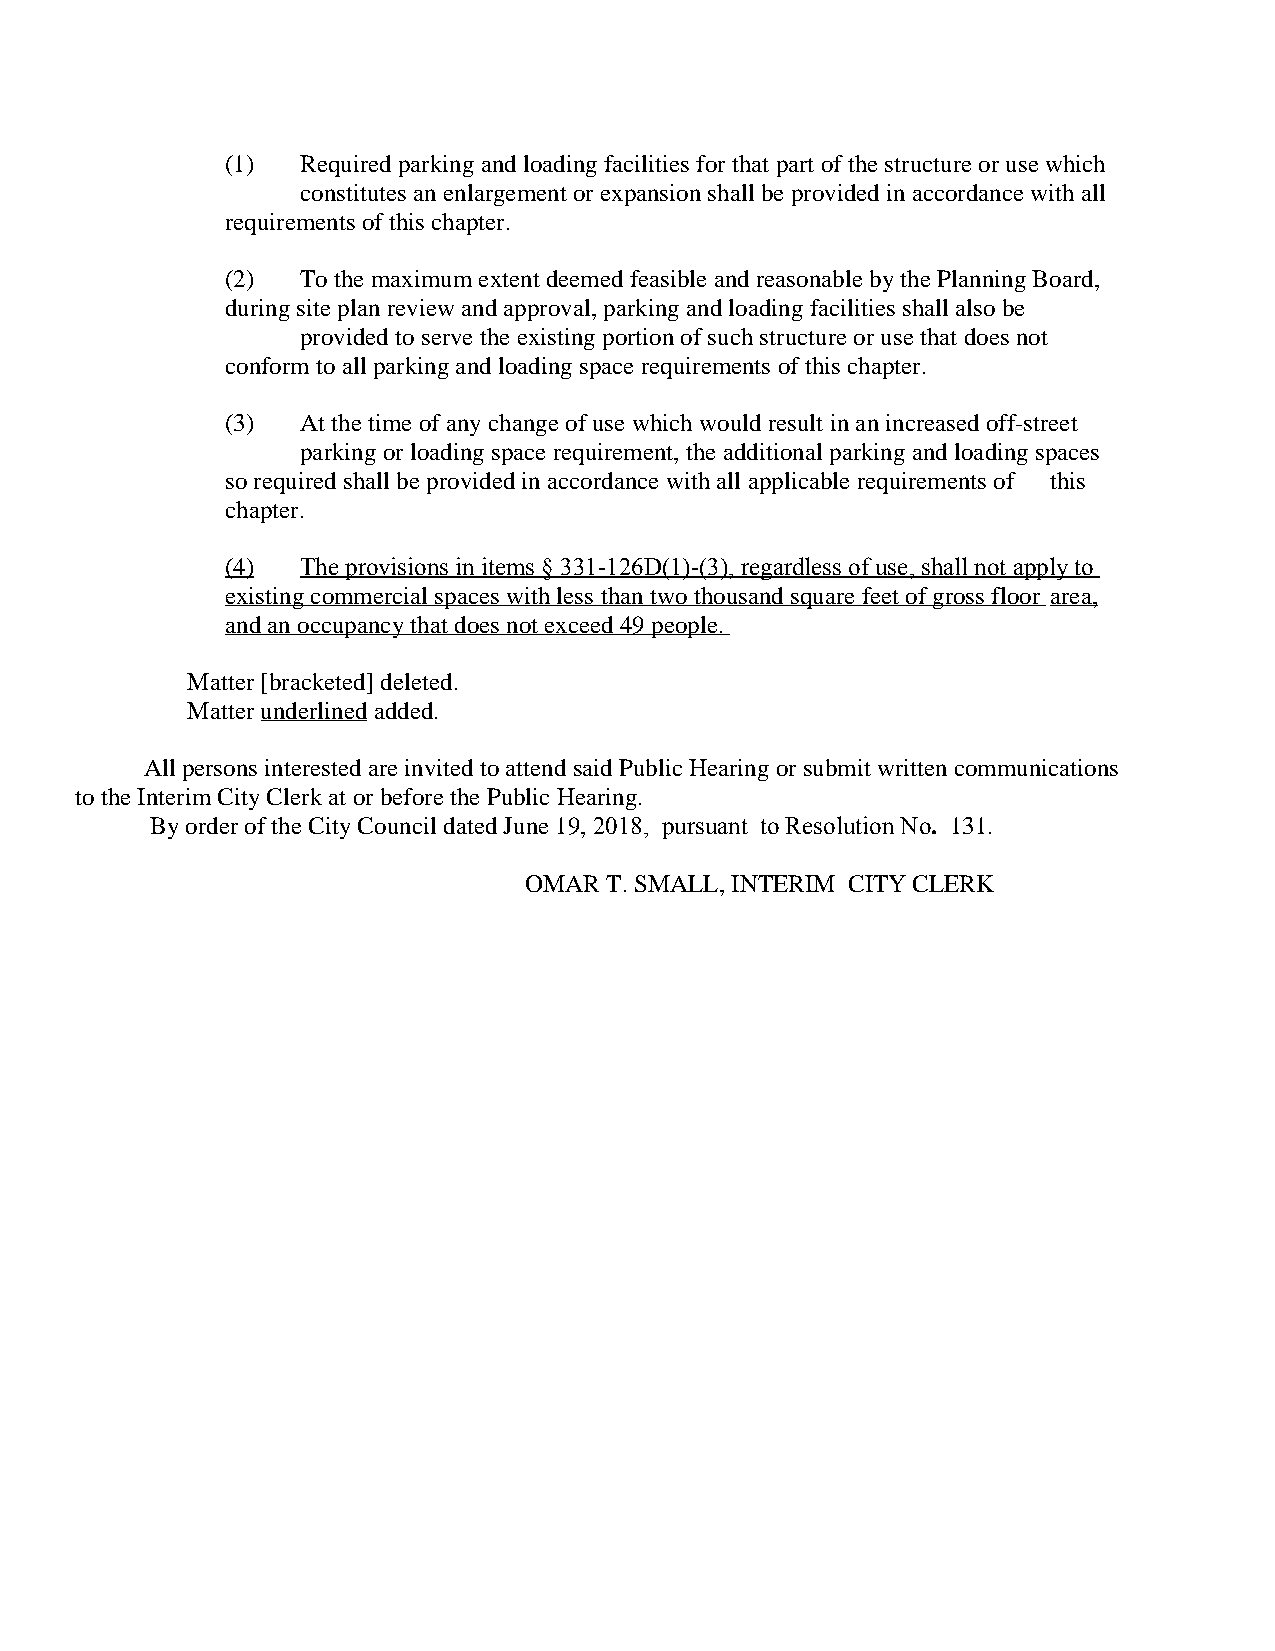
(1)  Required parking and loading facilities for that part of the structure or use which
 constitutes an enlargement or expansion shall be provided in accordance with all
 requirements of this chapter.
 (2)  To the maximum extent deemed feasible and reasonable by the Planning Board,
 during site plan review and approval, parking and loading facilities shall also be
 provided to serve the existing portion of such structure or use that does not
 conform to all parking and loading space requirements of this chapter.
 (3)  At the time of any change of use which would result in an increased off-street
 parking or loading space requirement, the additional parking and loading spaces
 so required shall be provided in accordance with all applicable requirements of this
 chapter.
 (4)  The provisions in items § 331-126D(1)-(3), regardless of use, shall not apply to
 existing commercial spaces with less than two thousand square feet of gross floor area,
 and an occupancy that does not exceed 49 people.
 Matter [bracketed] deleted.
 Matter underlined added.
 All persons interested are invited to attend said Public Hearing or submit written communications
 to the Interim City Clerk at or before the Public Hearing.
 By order of the City Council dated June 19, 2018, pursuant to Resolution No. 131.
 OMAR T. SMALL, INTERIM CITY CLERK